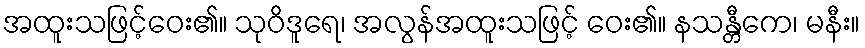
အထူးသဖြင့်ဝေး၏။ သုဝိဒူရေ၊ အလွန်အထူးသဖြင့် ဝေး၏။ နသန္တီကေ၊ မနီး။